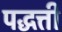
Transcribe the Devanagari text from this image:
पद्धत्ती